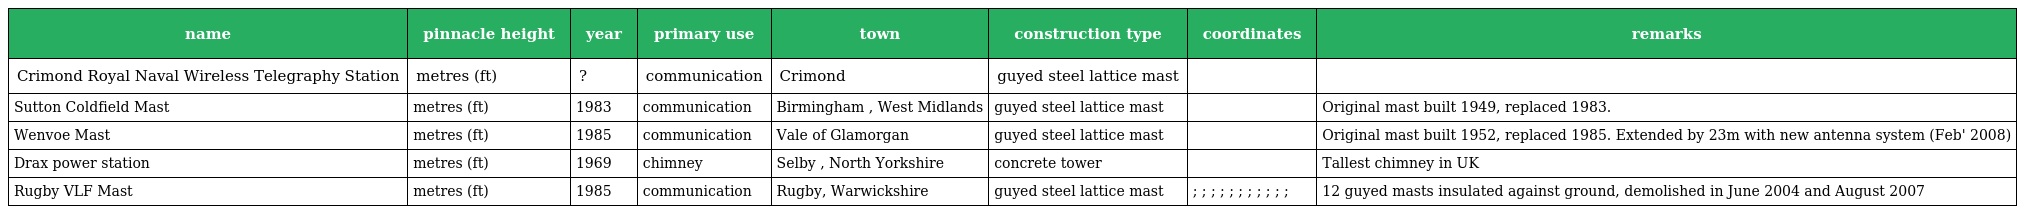
| name | pinnacle height | year | primary use | town | construction type | coordinates | remarks |
 | --- | --- | --- | --- | --- | --- | --- | --- |
 | Crimond Royal Naval Wireless Telegraphy Station | metres (ft) | ? | communication | Crimond | guyed steel lattice mast |  |  |
 | Sutton Coldfield Mast | metres (ft) | 1983 | communication | Birmingham , West Midlands | guyed steel lattice mast |  | Original mast built 1949, replaced 1983. |
 | Wenvoe Mast | metres (ft) | 1985 | communication | Vale of Glamorgan | guyed steel lattice mast |  | Original mast built 1952, replaced 1985. Extended by 23m with new antenna system (Feb' 2008) |
 | Drax power station | metres (ft) | 1969 | chimney | Selby , North Yorkshire | concrete tower |  | Tallest chimney in UK |
 | Rugby VLF Mast | metres (ft) | 1985 | communication | Rugby, Warwickshire | guyed steel lattice mast | ; ; ; ; ; ; ; ; ; ; ; | 12 guyed masts insulated against ground, demolished in June 2004 and August 2007 |